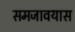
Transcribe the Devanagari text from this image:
समजावयास